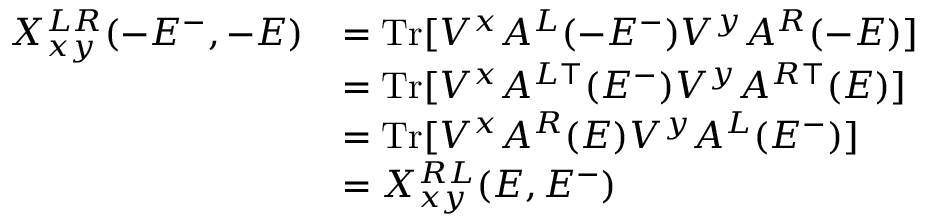
\begin{array} { r l } { X _ { x y } ^ { L R } ( - E ^ { - } , - E ) } & { = \mathrm { T r } [ V ^ { x } A ^ { L } ( - E ^ { - } ) V ^ { y } A ^ { R } ( - E ) ] } \\ & { = \mathrm { T r } [ V ^ { x } A ^ { L \top } ( E ^ { - } ) V ^ { y } A ^ { R \top } ( E ) ] } \\ & { = \mathrm { T r } [ V ^ { x } A ^ { R } ( E ) V ^ { y } A ^ { L } ( E ^ { - } ) ] } \\ & { = X _ { x y } ^ { R L } ( E , E ^ { - } ) } \end{array}